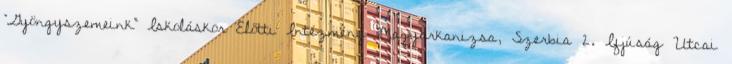
“Gyöngyszemeink” Iskoláskor Előtti Intézmény Magyarkanizsa, Szerbia 2. Ifjúság Utcai